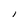
Character: l